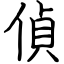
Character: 偵